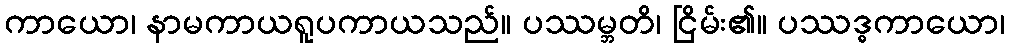
ကာယော၊ နာမကာယရူပကာယသည်။ ပဿမ္ဘတိ၊ ငြိမ်း၏။ ပဿဒ္ဓကာယော၊